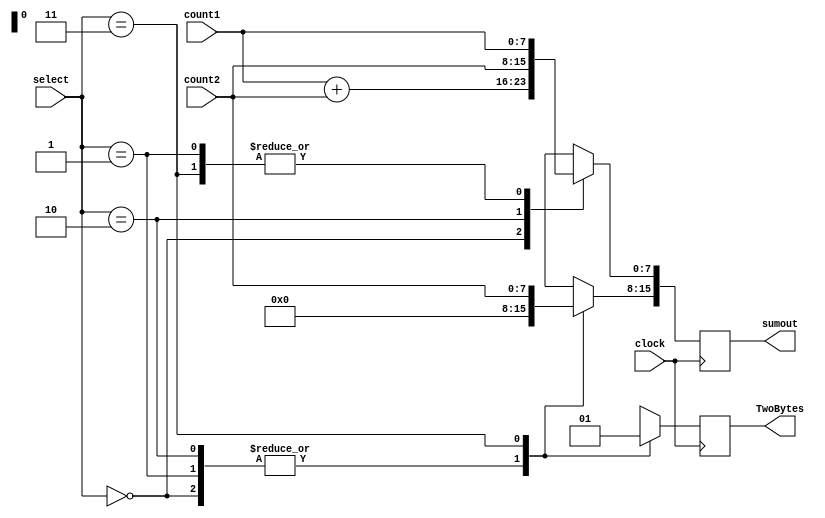
module SumCounts(clock, count1, count2, select, sumout, TwoBytes);

input [7:0] count1;
input [7:0] count2;
input [1:0] select;
output reg [15:0] sumout;
output reg TwoBytes;
input clock;

always@(posedge clock) 
begin

case (select)

2'b00: 
begin
sumout[7:0] = count1 + count2;
sumout[15:8]=0;
TwoBytes=0;
end
2'b01: 
begin
sumout[7:0] = count1;
sumout[15:8]=0;
TwoBytes=0;
end
2'b10: 
begin
sumout[7:0] = count2;
sumout[15:8]=0;
TwoBytes=0;
end
2'b11: 
begin 
sumout[7:0] = count1;
sumout[15:8] = count2;
TwoBytes=1;
end

endcase
end
endmodule